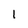
Character: 1